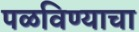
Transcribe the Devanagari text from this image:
पळविण्याचा